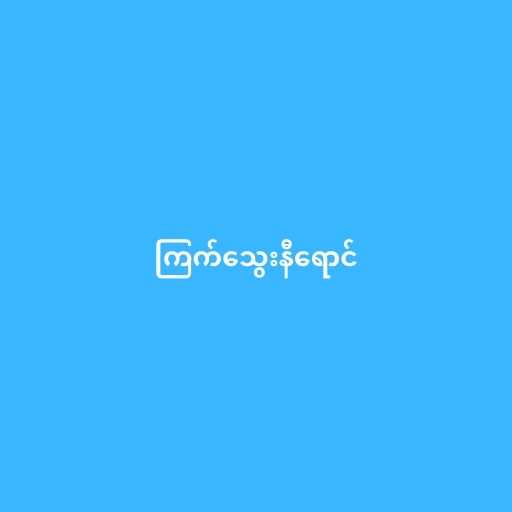
ကြက်သွေးနီရောင်